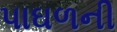
પાઘળની